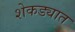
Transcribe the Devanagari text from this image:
शेकड्यात